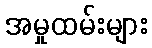
အမှုထမ်းများ